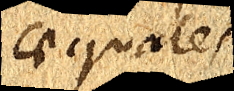
aequales